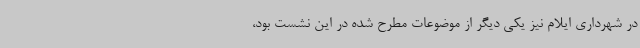
در شهرداری ایلام نیز یکی دیگر از موضوعات مطرح شده در این نشست بود،